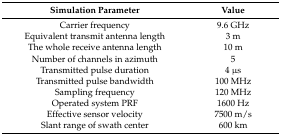
| Simulation Parameter | Value |
 | --- | --- |
 | Carrier frequency | 9.6 GHz |
 | Equivalent transmit antenna length | 3 m |
 | The whole receive antenna length | 10 m |
 | Number of channels in azimuth | 5 |
 | Transmitted pulse duration | 4 μs |
 | Transmitted pulse bandwidth | 100 MHz |
 | Sampling frequency | 120 MHz |
 | Operated system PRF | 1600 Hz |
 | Effective sensor velocity | 7500 m/s |
 | Slant range of swath center | 600 km |